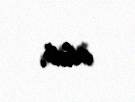
olub.